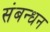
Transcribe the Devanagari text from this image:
संबन्धन